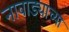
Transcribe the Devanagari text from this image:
नावाड्याच्या